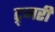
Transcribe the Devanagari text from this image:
ट्र्जरी